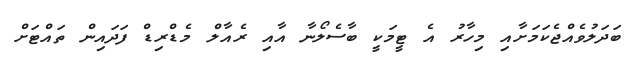
ބަދަލުވެއްޖެކަމަށާއި މިހާރު އެ ޓީމަކީ ބާސެލޯނާ އާއި ރެއާލް މެޑްރިޑް ފަދައިން ތައްޓަށް